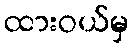
ထားဝယ်မှ